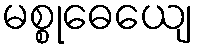
မစ္စုဓေယျေ